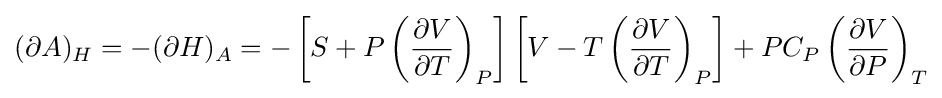
(\partial A)_{H}=-(\partial H)_{A}=-\left[S+P\left({\frac {\partial V}{\partial T}}\right)_{P}\right]\left[V-T\left({\frac {\partial V}{\partial T}}\right)_{P}\right]+PC_{P}\left({\frac {\partial V}{\partial P}}\right)_{T}